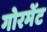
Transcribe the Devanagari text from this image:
गोरमेंट